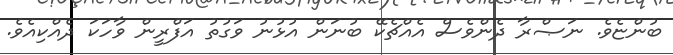
ބުންޏެވެ. ނަޞްރާ ދެންވެސް އެއްޗެކޭ ބުނަން އުޅުނު ވަގުތު އަފްރީން ވާހަކަ ދެއްކިއެވެ.